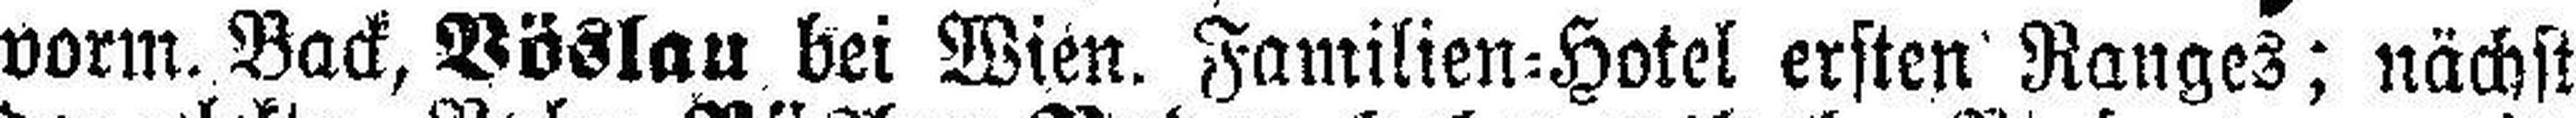
vorm. Back, Vöslau bei Wien. Familien=Hotel ersten Ranges; nächst